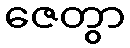
ဇေတွာ